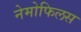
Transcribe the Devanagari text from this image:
नेमोफिलस